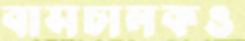
বাসচালকও